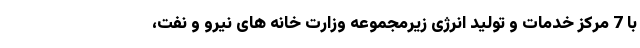
با 7 مرکز خدمات و تولید انرژی زیرمجموعه وزارت خانه های نیرو و نفت،